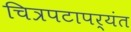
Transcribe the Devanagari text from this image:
चित्रपटापर्यंत